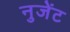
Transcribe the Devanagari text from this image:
नुजेंट